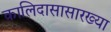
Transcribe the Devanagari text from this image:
कालिदासासारख्या